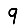
Digit: 9